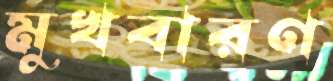
মুখবারণ